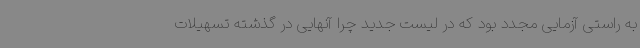
به راستی آزمایی مجدد بود که در لیست جدید چرا آنهایی در گذشته تسهیلات